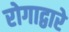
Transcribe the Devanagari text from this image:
रोगाद्वारे